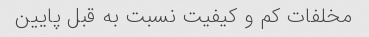
مخلفات کم و کیفیت نسبت به قبل پایین